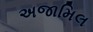
અજામિલ